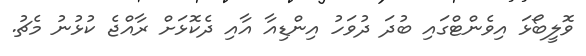
ވޮލީބޯޅަ އިވެންޓްގައި ބުދަ ދުވަހު އިންޑިއާ އާއި ދެކޮޅަށް ރާއްޖެ ކުޅުނު މެޗު.